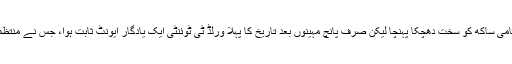
اس بدترین اختتام کے ساتھ آئی سی سی کی انتظامی ساکھ کو سخت دھچکا پہنچا لیکن صرف پانچ مہینوں بعد تاریخ کا پہلا ورلڈ ٹی ٹوئنٹی ایک یادگار ایونٹ ثابت ہوا، جس نے منتظمین کے اگلے پچھلے تمام "گناہ" معاف کردیے۔